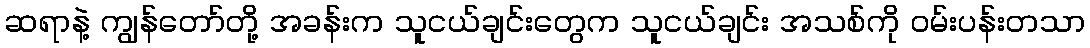
ဆရာနဲ့ ကျွန်တော်တို့ အခန်းက သူငယ်ချင်းတွေက သူငယ်ချင်း အသစ်ကို ဝမ်းပန်းတသာ